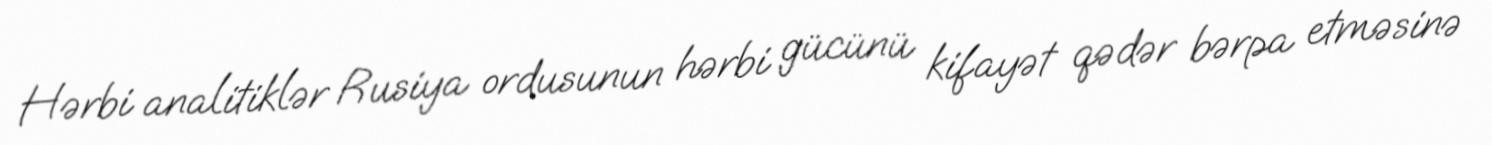
Hərbi analitiklər Rusiya ordusunun hərbi gücünü kifayət qədər bərpa etməsinə